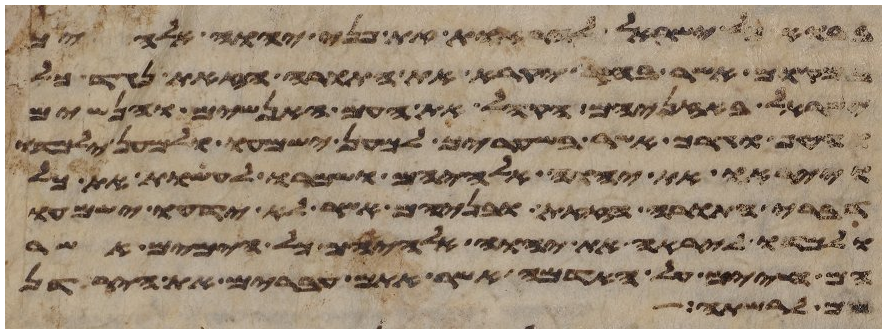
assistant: בבוא כל ישראל להראות את פני יהוה אלהיך
במקום אשר בחר יקרא את התורה הזאת נגד כל
ישראל באזניהם הקהל את העם האנשים והנשים
והטף וגרך אשר בשעריך למען ישמעו ולמען ילמדו
וייראו את יהוה אלהיכם ושמרו לעשות את כל
דברי התורה הזאת ובניהם אשר לא ידעו ישמעו
ולמדו ליראה את יהוה אלהיהם כל הימים אשר
הם חיים על האדמה אשר אתם עברים את הירדן
שם לרשת